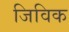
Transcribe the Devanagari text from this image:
जिविक